Senior Leaving Certificate Examination (including Day School Certificate (Higher) General paper), 1948
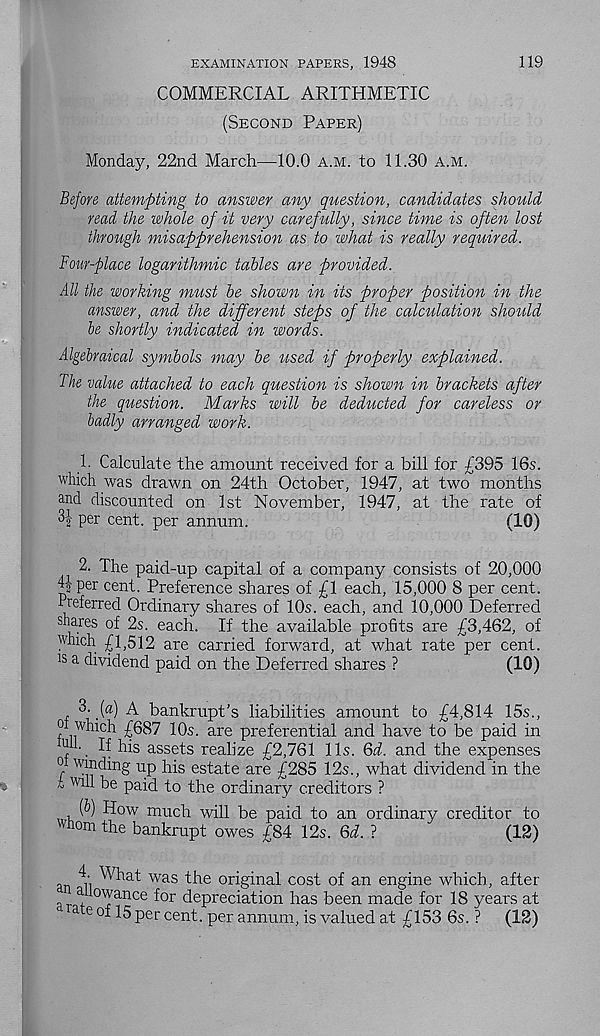
EXAMINATION PAPERS, 1948
119
COMMERCIAL ARITHMETIC
(Second Paper)
Monday, 22nd March—10.0 a.m. to 11.30 a.m.
Before attempting to answer any question, candidates should
read the whole of it very carefully, since time is often lost
through misapprehension as to what is really required.
Four-place logarithmic tables are provided.
All the working must be shown in its proper position in the
answer, and the different steps of the calculation should
be shortly indicated in words.
Algebraical symbols may be used if properly explained.
The value attached to each question is shown in brackets after
the question. Marks will be deducted for careless or
badly arranged work.
1. Calculate the amount received for a bill for £395 16s.
which was drawn on 24th October, 1947, at two months
and discounted on 1st November, 1947, at the rate of
per cent, per annum.
(10)
2. The paid-up capital of a company consists of 20,000
R- per cent. Preference shares of £1 each, 15,000 8 per cent.
Preferred Ordinary shares of 10s. each, and 10,000 Deferred
shares of 2s. each. If the available profits are £3,462, of
which £1,512 are carried forward, at what rate per cent,
is a dividend paid on the Deferred shares ?
(10)
3. [a) A bankrupt’s liabilities amount to £4,814 15s.,
oi which £687 10s. are preferential and have to be paid in
oh.. If his assets realize £2,761 11s. Qd. and the expenses
o winding up his estate are £285 12s., what dividend in the
h will be paid to the ordinary creditors ?
f) How much will be paid to an ordinary creditor to
whom the bankrupt owes £84 12s. Qd. ?
(12)
What was the original cost of an engine which, after
- T^wance for depreciation has been made for 18 years at
d a e of 15 per cent, per annum, is valued at £153 6s. ?
(12)